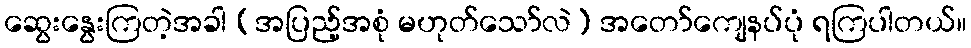
ဆွေးနွေးကြတဲ့အခါ (အပြည့်အစုံ မဟုတ်သော်လဲ) အတော်ကျေနပ်ပုံ ရကြပါတယ်။